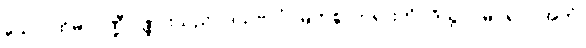
သော၊ ထိုမာဂဏ္ဍီပုဏ္ဏားသည်။ ဒသဗလံ၊ မြတ်စွာဘုရားကို။ ဒိသွာ၊ မြင်၍။ “အဟံ၊